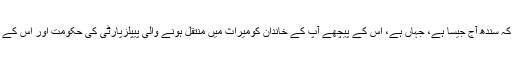
کیوں کہ ہم جانتے ہیں کہ سندھ آج جیسا ہے، جہاں ہے، اس کے پیچھے آپ کے خاندان کومیراث میں منتقل ہونے والی پیپلزپارٹی کی حکومت اور اس کے رہنماؤں کا کردار ہے۔